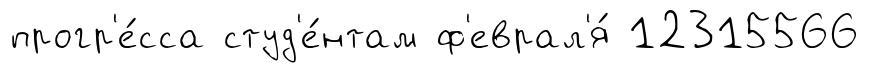
прогр'е́сса студ'е́нтам ф'еврал'я́ 12315566